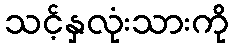
သင့်နှလုံးသားကို